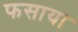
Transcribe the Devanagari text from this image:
फसाया